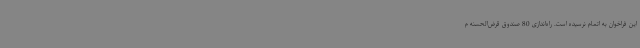
این فراخوان به اتمام نرسیده است. راه‌اندازی 80 صندوق قرض‌الحسنه م